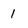
Character: 1